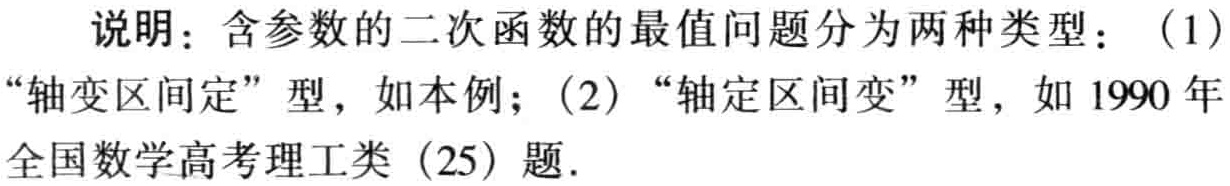
说明：含参数的二次函数的最值问题分为两种类型：（1）“轴变区间定”型，如本例；（2）“轴定区间变”型，如1990年全国数学高考理工类（25）题.